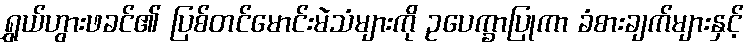
ရွှယ်ဟွားဖခင်၏ ပြစ်တင်မောင်းမဲသံများကို ဥပေက္ခာပြုကာ ခံစားချက်များနှင့်